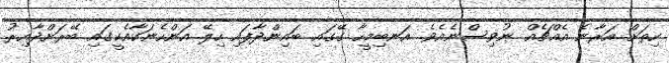
ހިތަށް އަރާނެ އެއްޗެއް ނުވިސްނެއެވެ. އަނބިމީހާ ގޭގައި ބައިންދާފައި ހިލޭ އަންހެނަކާއެކީގައި ބޭރަށްދާއިރު